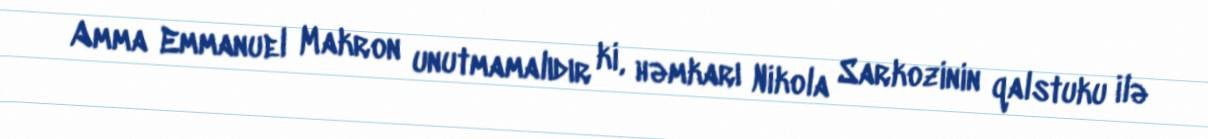
Amma Emmanuel Makron unutmamalıdır ki, həmkarı Nikola Sarkozinin qalstuku ilə